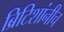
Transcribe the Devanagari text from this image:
ब्रिटिशांनीच